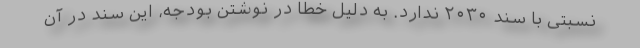
نسبتی با سند ۲۰۳۰ ندارد. به دلیل خطا در نوشتن بودجه، این سند در آن